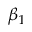
\beta _ { 1 }